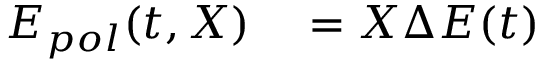
\begin{array} { r l } { E _ { p o l } ( t , \boldsymbol { X } ) } & { { } = \boldsymbol { X } \Delta E ( t ) } \end{array}